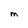
Character: M